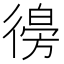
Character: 𢕨